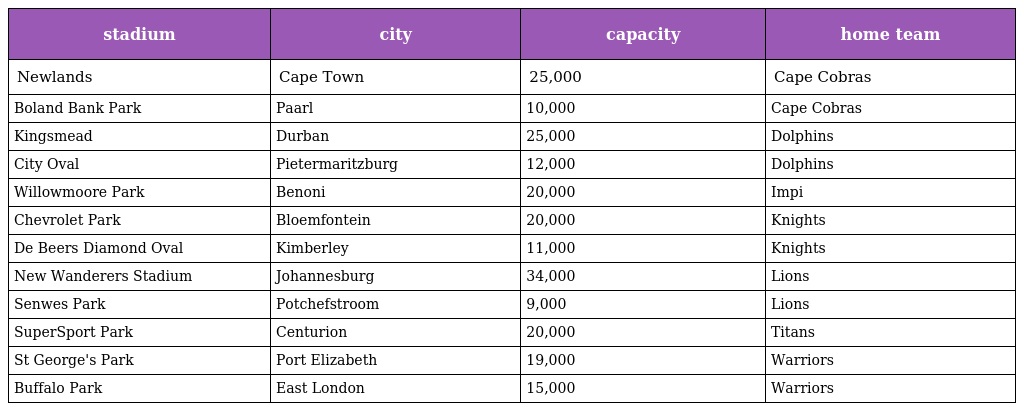
| stadium | city | capacity | home team |
 | --- | --- | --- | --- |
 | Newlands | Cape Town | 25,000 | Cape Cobras |
 | Boland Bank Park | Paarl | 10,000 | Cape Cobras |
 | Kingsmead | Durban | 25,000 | Dolphins |
 | City Oval | Pietermaritzburg | 12,000 | Dolphins |
 | Willowmoore Park | Benoni | 20,000 | Impi |
 | Chevrolet Park | Bloemfontein | 20,000 | Knights |
 | De Beers Diamond Oval | Kimberley | 11,000 | Knights |
 | New Wanderers Stadium | Johannesburg | 34,000 | Lions |
 | Senwes Park | Potchefstroom | 9,000 | Lions |
 | SuperSport Park | Centurion | 20,000 | Titans |
 | St George's Park | Port Elizabeth | 19,000 | Warriors |
 | Buffalo Park | East London | 15,000 | Warriors |